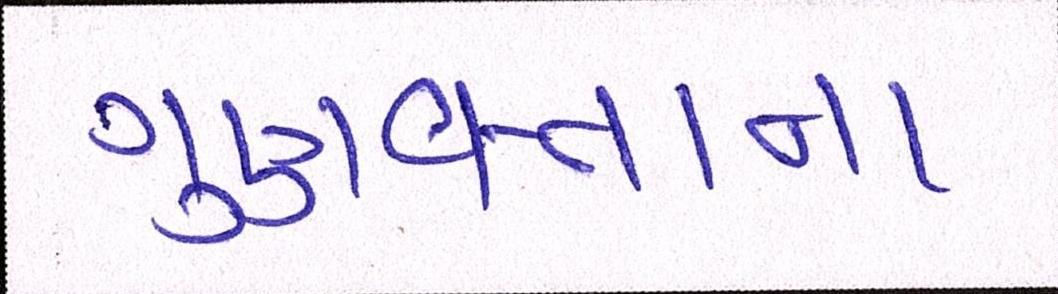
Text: ગુણવત્તાના